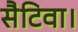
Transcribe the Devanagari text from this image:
सैटिवा।